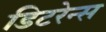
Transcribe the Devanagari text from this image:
डिटरेन्स